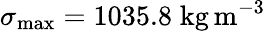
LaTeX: \sigma_{\operatorname*{max}}=1035.8\; \mathrm{kg}\, \mathrm{m}^{-3}